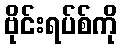
ဗိုင်းရပ်စ်ကို